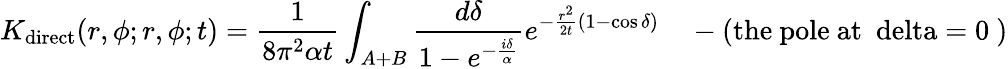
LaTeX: K_{\mathrm{direct}}(r,\phi;r,\phi;t)={\frac{1}{8\pi^{2}\alpha t}}\int_{A+B}{\frac{d\delta}{1-e^{-{\frac{i\delta}{\alpha}}}}}e^{-{\frac{r^{2}}{2t}}(1-\cos\delta)}\quad-(\mathrm{the~pole~at~\ delta=0~})